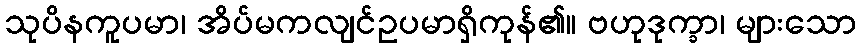
သုပိနကူပမာ၊ အိပ်မကလျင်ဥပမာရှိကုန်၏။ ဗဟုဒုက္ခာ၊ များသော